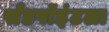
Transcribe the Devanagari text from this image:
सँडपॉइंटला